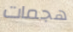
هجمات